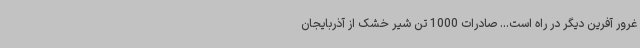
غرور آفرین دیگر در راه است... صادرات 1000 تن شیر خشک از آذربایجان